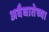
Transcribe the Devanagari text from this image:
अवैधातेच्या